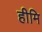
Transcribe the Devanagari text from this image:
हीमि